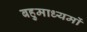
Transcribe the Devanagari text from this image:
बहुमाध्यमों